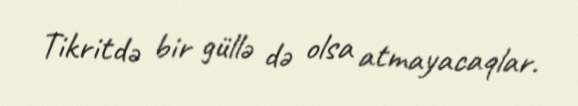
Tikritdə bir güllə də olsa atmayacaqlar.